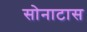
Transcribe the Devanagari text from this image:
सोनाटास